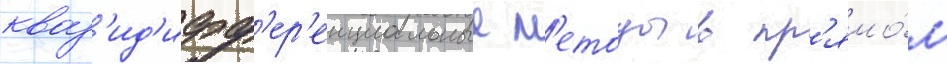
кваз'ид'ифф'ер'енциальные м'етоды в пр'ямо́м